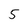
Character: 5